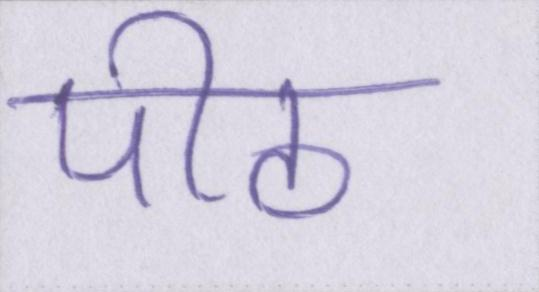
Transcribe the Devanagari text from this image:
पीठ